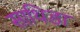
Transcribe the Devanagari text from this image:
साथिडा